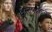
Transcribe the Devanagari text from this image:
शिस्तबद्धतीने